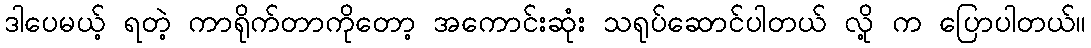
ဒါပေမယ့် ရတဲ့ ကာရိုက်တာကိုတော့ အကောင်းဆုံး သရုပ်ဆောင်ပါတယ် လို့ က ပြောပါတယ်။